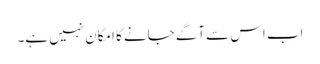
اب اس سے آگے جانے کا امکان نہیں ہے۔